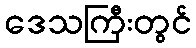
ဒေသကြီးတွင်